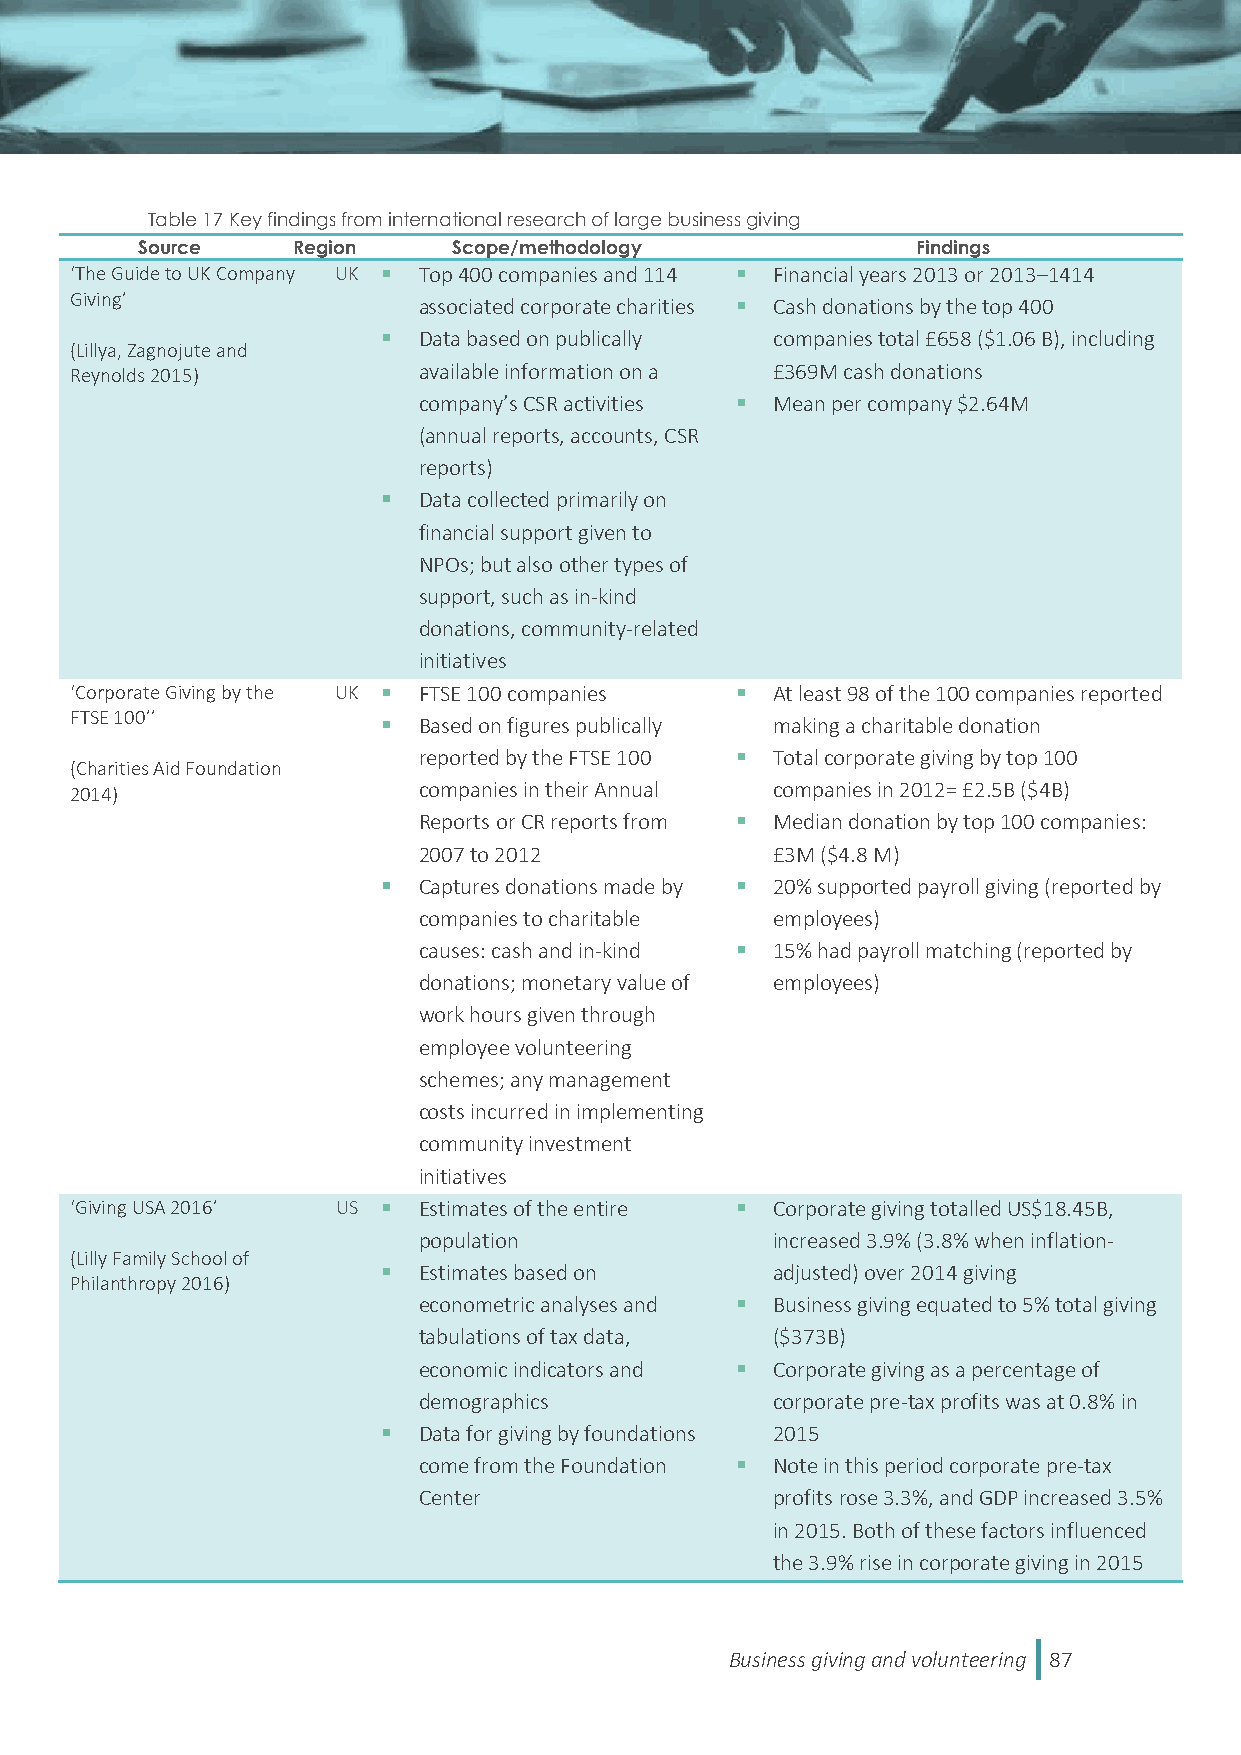
Table 17 Key findings from international research of large business giving
 Source    Region     Scope/methodology              Findings
 ‘The Guide to UK Company UK  Top 400 companies and 114  Financial years 2013 or 2013–1414
 Giving’                associated corporate charities  Cash donations by the top 400
   Data based on publically companies total £658 ($1.06 B), including
 (Lillya, Zagnojute and
 Reynolds 2015)         available information on a £369M cash donations
 company’s CSR activities  Mean per company $2.64M
 (annual reports, accounts, CSR
 reports)
   Data collected primarily on
 financial support given to
 NPOs; but also other types of
 support, such as in-kind
 donations, community-related
 initiatives
 ‘Corporate Giving by the UK  FTSE 100 companies  At least 98 of the 100 companies reported
 FTSE 100’’            Based on figures publically making a charitable donation
 reported by the FTSE 100  Total corporate giving by top 100
 (Charities Aid Foundation
 2014)                  companies in their Annual companies in 2012= £2.5B ($4B)
 Reports or CR reports from  Median donation by top 100 companies:
 2007 to 2012           £3M ($4.8 M)
   Captures donations made by  20% supported payroll giving (reported by
 companies to charitable employees)
 causes: cash and in-kind  15% had payroll matching (reported by
 donations; monetary value of employees)
 work hours given through
 employee volunteering
 schemes; any management
 costs incurred in implementing
 community investment
 initiatives
 ‘Giving USA 2016’ US  Estimates of the entire  Corporate giving totalled US$18.45B,
 population             increased 3.9% (3.8% when inflation-
 (Lilly Family School of
   Estimates based on     adjusted) over 2014 giving
 Philanthropy 2016)
 econometric analyses and  Business giving equated to 5% total giving
 tabulations of tax data, ($373B)
 economic indicators and  Corporate giving as a percentage of
 demographics           corporate pre-tax profits was at 0.8% in
   Data for giving by foundations 2015
 come from the Foundation  Note in this period corporate pre-tax
 Center                 profits rose 3.3%, and GDP increased 3.5%
 in 2015. Both of these factors influenced
 the 3.9% rise in corporate giving in 2015
 Business giving and volunteering 87